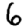
Digit: 6